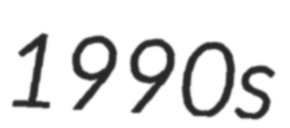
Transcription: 1990s